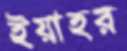
ইয়াহর